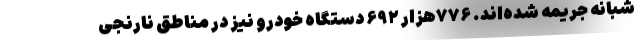
شبانه جریمه شده‌اند. ۷۷۶هزار ۶۹۲ دستگاه خودرو نیز در مناطق نارنجی